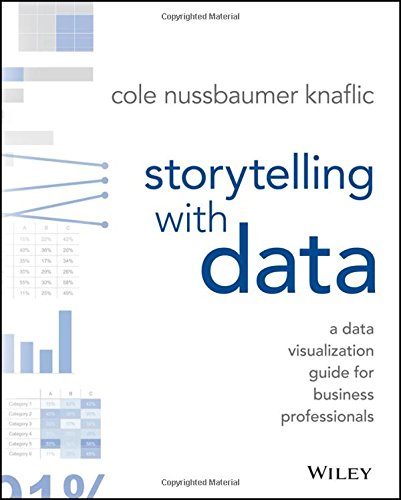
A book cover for Storytelling with Data: A Data Visualization Guide for Business Professionals; Cole Nussbaumer Knaflic; Science & Math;